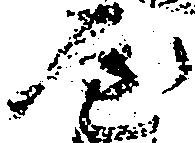
屋